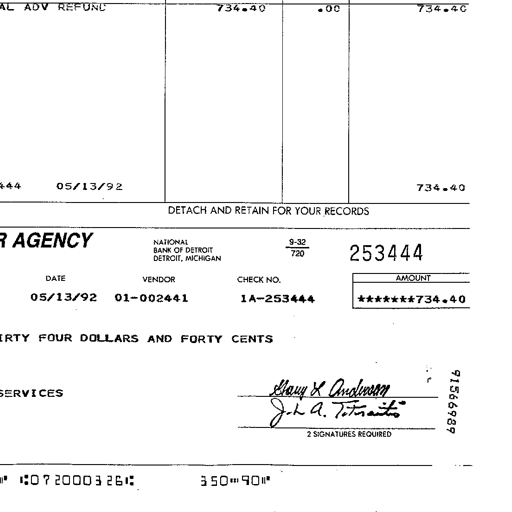
AL ADV REFUND 734.40 .00 734.40
444 05/13/92 734.40
DETACH AND RETAIN FOR YOUR RECORDS
AGENCY NATIONAL BANK OF DETROIT DETROIT, MICHIGAN 9-32 720 253444
DATE VENDOR CHECK NO. AMOUNT
05/13/92 01-002441 1A-253444 *******734.40
IRTY FOUR DOLLARS AND FORTY CENTS
SERVICES Mary K Anderson 91566989
J. L. A. Totraito
2 SIGNATURES REQUIRED
072000326 350-90